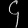
Digit: ၄